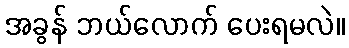
အခွန် ဘယ်လောက် ပေးရမလဲ။